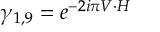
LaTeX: \gamma _ { 1 , 9 } = e ^ { - 2 i \pi V \cdot H }